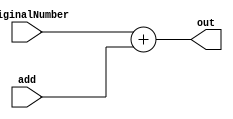
`timescale 1ns/1ns
module Adder (
    input [31:0] add,
    input [31:0] originalNumber,
    output [31:0] out
);
    assign out = originalNumber + add;
endmodule